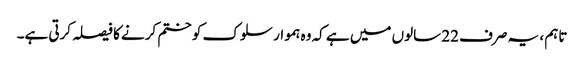
تاہم ، یہ صرف 22 سالوں میں ہے کہ وہ ہموار سلوک کو ختم کرنے کا فیصلہ کرتی ہے۔